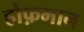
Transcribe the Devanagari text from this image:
होफ़मान